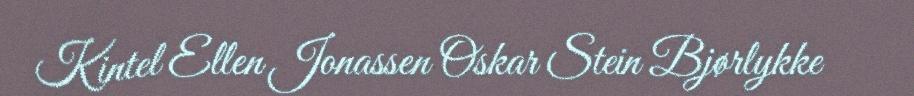
Kintel Ellen Jonassen Oskar Stein Bjørlykke